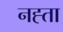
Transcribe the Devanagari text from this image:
नह्ता